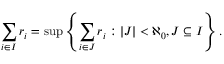
\sum _ { i \in I } r _ { i } = \operatorname* { s u p } \left\lbrace \sum _ { i \in J } r _ { i } : | J | < \aleph _ { 0 } , J \subseteq I \right\rbrace .